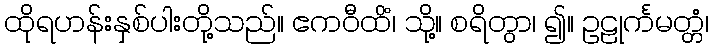
ထိုရဟန်းနှစ်ပါးတို့သည်။ ဧကဝီထိံ၊ သို့။ စရိတွာ၊ ၍။ ဥဠုင်္ကမတ္တံ၊